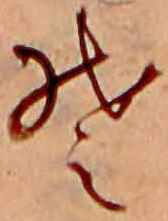
そ